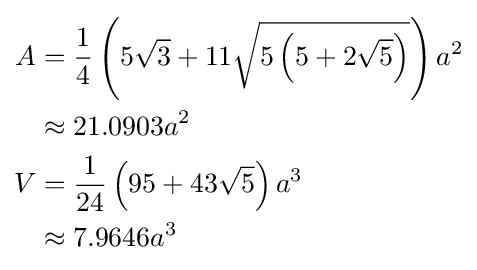
{\begin{aligned}A&={\frac {1}{4}}\left(5{\sqrt {3}}+11{\sqrt {5\left(5+2{\sqrt {5}}\right)}}\right)a^{2}\\&\approx 21.0903a^{2}\\V&={\frac {1}{24}}\left(95+43{\sqrt {5}}\right)a^{3}\\&\approx 7.9646a^{3}\end{aligned}}